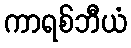
ကာရစ်ဘီယံ